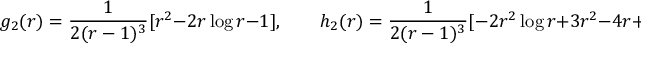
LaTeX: g _ { 2 } ( r ) = \frac { 1 } { 2 ( r - 1 ) ^ { 3 } } [ r ^ { 2 } - 2 r \log r - 1 ] , \qquad h _ { 2 } ( r ) = \frac { 1 } { 2 ( r - 1 ) ^ { 3 } } [ - 2 r ^ { 2 } \log r + 3 r ^ { 2 } - 4 r + 1 ] .